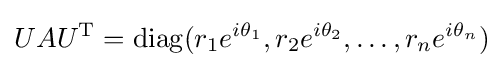
UAU^{\mathrm {T} }=\operatorname {diag} (r_{1}e^{i\theta _{1}},r_{2}e^{i\theta _{2}},\dots ,r_{n}e^{i\theta _{n}})